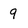
Character: 9